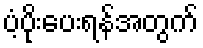
ပံ့ပိုးပေးရန်အတွက်